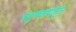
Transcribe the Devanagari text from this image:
पशुत्वापासून